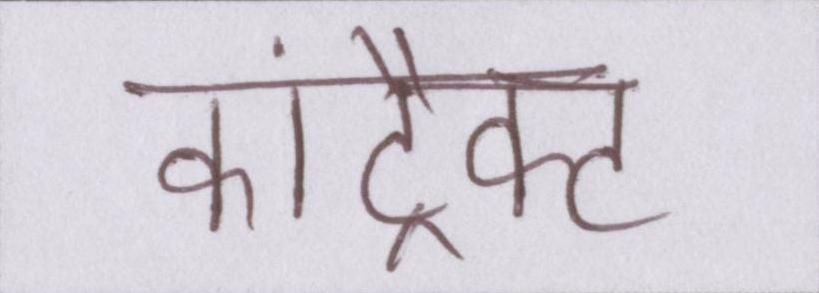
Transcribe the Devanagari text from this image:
कांट्रैक्ट